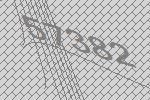
57382